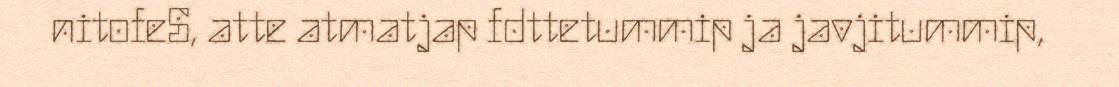
nitofeS, atte atmatjap fdttetummip ja javjitummip,